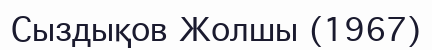
Сыздықов Жолшы (1967)